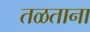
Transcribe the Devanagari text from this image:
तळताना